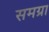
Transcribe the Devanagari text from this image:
समग्रा